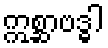
ဣစ္ဆာဗဒ္ဓါ